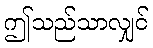
ဤသည်သာလျှင်